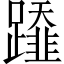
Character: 𨆂